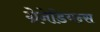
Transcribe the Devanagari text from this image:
ग्रेनेडियन्स